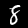
Digit: 8